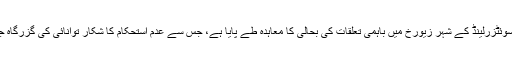
دونوں ریاستوں کے مابین گزشتہ ہفتہ کو سوئٹزرلینڈ کے شہر زیورخ میں باہمی تعلقات کی بحالی کا معاہدہ طے پایا ہے، جس سے عدم استحکام کا شکار توانائی کی گزرگاہ جنوبی قفقاز کے حالات بہتر ہو سکتے ہیں۔